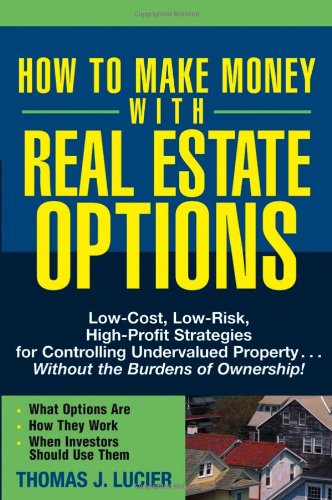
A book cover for How to Make Money With Real Estate Options: Low-Cost, Low-Risk, High-Profit Strategies for Controlling Undervalued Property....Without the Burdens of Ownership!; Thomas Lucier; Business & Money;